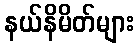
နယ်နိမိတ်များ